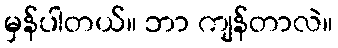
မှန်ပါတယ်။ ဘာ ကျန်တာလဲ။